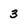
Character: 3